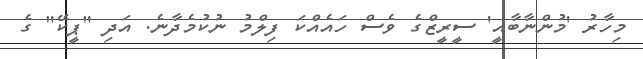
މިހާރު 'މުންނާބާއީ' ސީރީޒްގެ ވެސް ހައެއްކަ ފިލްމު ނުކުމެދާނެ. އަދި "ޕީކޭ" ގެ